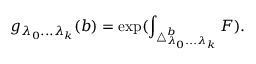
g _ { \lambda _ { 0 } . . . \lambda _ { k } } ( b ) = \exp ( \int _ { \triangle _ { \lambda _ { 0 } . . . \lambda _ { k } } ^ { b } } F ) .